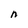
Character: n